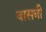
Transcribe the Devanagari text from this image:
वासबी